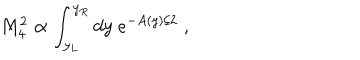
LaTeX: M _ { 4 } ^ { 2 } \propto \int _ { y _ { L } } ^ { y _ { R } } d y \; e ^ { - A ( y ) / 2 } \; ,